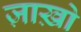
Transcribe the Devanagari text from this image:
ज़ाख़ो